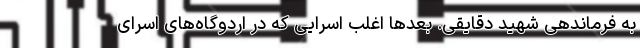
به فرماندهی شهید دقایقی. بعدها اغلب اسرایی که در اردوگاه‌های اسرای